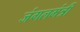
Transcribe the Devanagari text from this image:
जंगलमंत्री